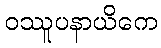
ဝဿူပနာယိကေ